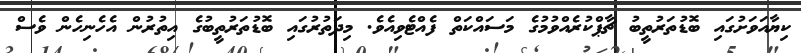
ކިޔާއަވަށުގައި ބޮޑުތަރުތީބު ޗާޕްކުރެއްވުމުގެ މަސައްކަތް ފެއްޓެވިއެވެ. މިދަތުރުގައި ބޮޑުތަރުތީބުގެ އިތުރުން އެހެނިހެން ވެސް